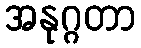
အနုဂ္ဂတာ